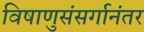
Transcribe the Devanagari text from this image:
विषाणुसंसर्गानंतर